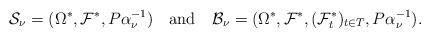
LaTeX: \begin{align*} \mathcal S_\nu = (\Omega^*, \mathcal F^*, P\alpha_\nu^{-1}) \ \ \ \mbox{and} \ \ \ \mathcal B_\nu = (\Omega^*, \mathcal F^*, (\mathcal F^*_t)_{t\in T}, P\alpha_\nu^{-1}). \end{align*}